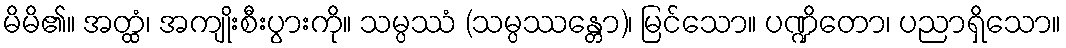
မိမိ၏။ အတ္ထံ၊ အကျိုးစီးပွားကို။ သမ္ပဿံ (သမ္ပဿန္တော)၊ မြင်သော။ ပဏ္ဍိတော၊ ပညာရှိသော။